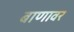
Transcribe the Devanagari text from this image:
बाणावर